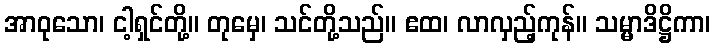
အာဝုသော၊ ငါ့ရှင်တို့။ တုမှေ၊ သင်တို့သည်။ ဧထ၊ လာလှည့်ကုန်။ သမ္မာဒိဋ္ဌိကာ၊